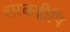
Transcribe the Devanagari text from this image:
शाकद्वीपि